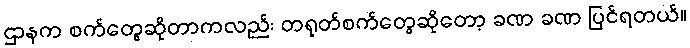
ဌာနက စက်တွေဆိုတာကလည်း တရုတ်စက်တွေဆိုတော့ ခဏ ခဏ ပြင်ရတယ်။